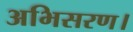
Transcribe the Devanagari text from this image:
अभिसरण।